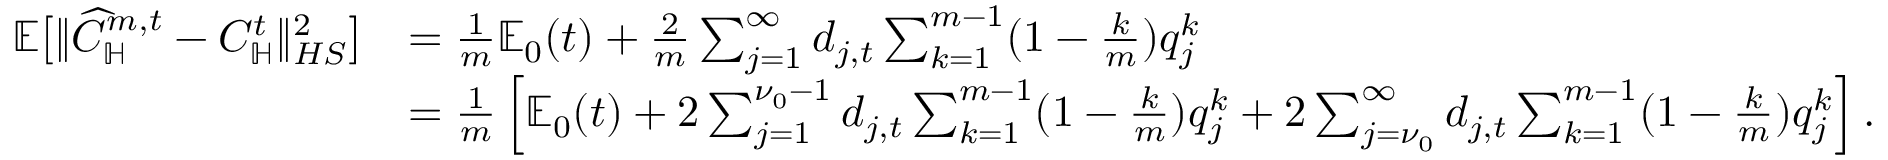
\begin{array} { r l } { \mathbb E \big [ \| \widehat C _ { \mathbb H } ^ { m , t } - C _ { \mathbb H } ^ { t } \| _ { H S } ^ { 2 } \big ] } & { = \frac 1 m \mathbb E _ { 0 } ( t ) + \frac 2 m \sum _ { j = 1 } ^ { \infty } d _ { j , t } \sum _ { k = 1 } ^ { m - 1 } ( 1 - \frac k m ) q _ { j } ^ { k } } \\ & { = \frac 1 m \left[ \mathbb E _ { 0 } ( t ) + 2 \sum _ { j = 1 } ^ { \nu _ { 0 } - 1 } d _ { j , t } \sum _ { k = 1 } ^ { m - 1 } ( 1 - \frac k m ) q _ { j } ^ { k } + 2 \sum _ { j = \nu _ { 0 } } ^ { \infty } d _ { j , t } \sum _ { k = 1 } ^ { m - 1 } ( 1 - \frac k m ) q _ { j } ^ { k } \right] . } \end{array}